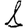
Digit: 1